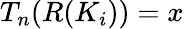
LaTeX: T_{n}(R(K_{i}))=x